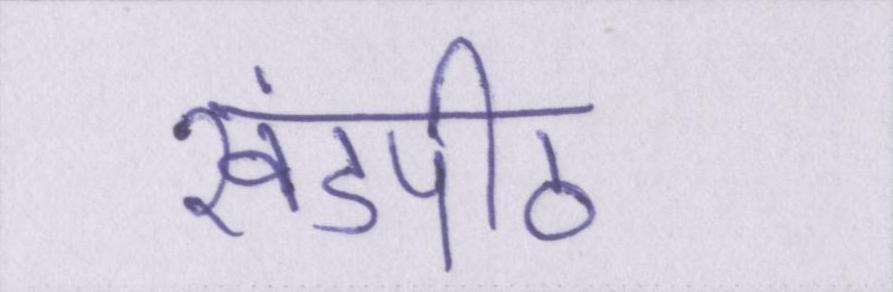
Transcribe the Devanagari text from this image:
खंडपीठ